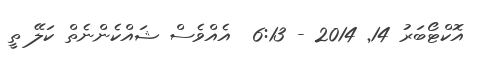
އޮކްޓޯބަރު 14